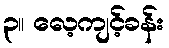
၃။ လေ့ကျင့်ခန်း